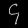
Digit: ၄